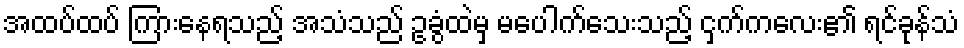
အထပ်ထပ် ကြားနေရသည့် အသံသည် ဥခွံထဲမှ မပေါက်သေးသည့် ငှက်ကလေး၏ ရင်ခုန်သံ